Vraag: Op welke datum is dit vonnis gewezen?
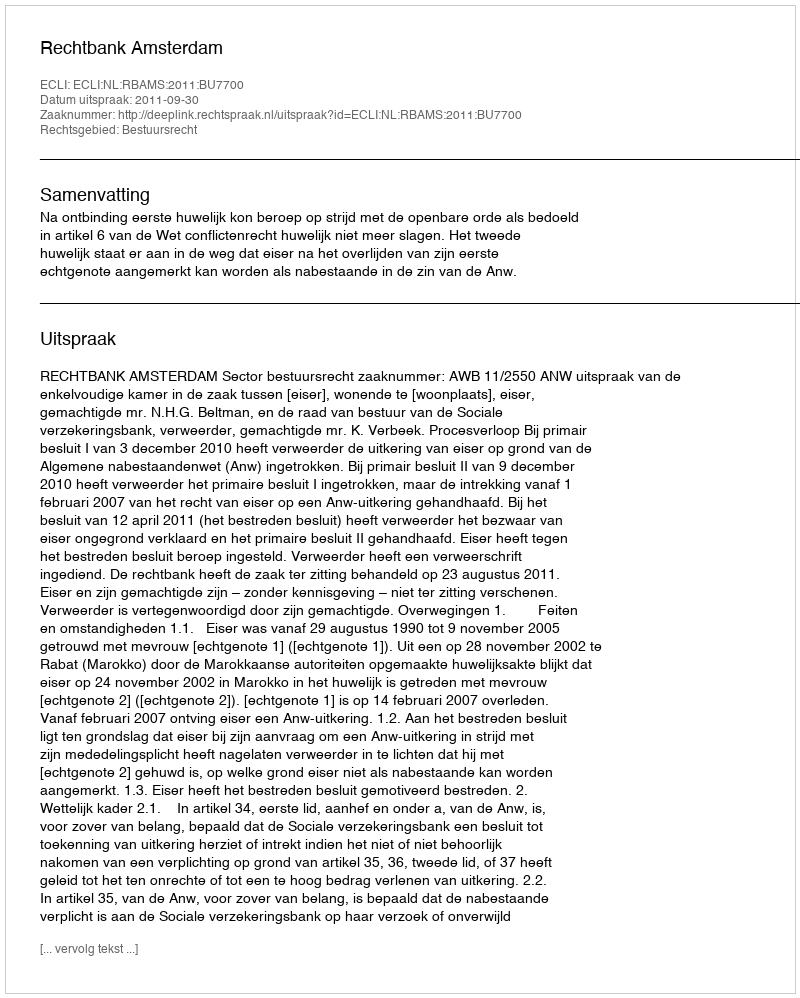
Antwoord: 2011-09-30